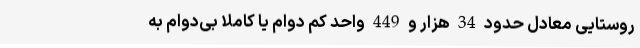
روستایی معادل حدود 34 هزار و 449 واحد کم دوام یا کاملا بی‌دوام به